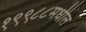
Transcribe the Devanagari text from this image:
१९९८८मधील